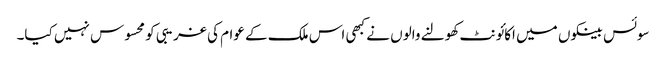
سوئس بینکوں میں اکائونٹ کھولنے والوں نے کبھی اس ملک کے عوام کی غریبی کو محسوس نہیں کیا۔